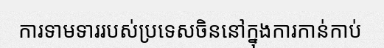
ការទាមទាររបស់ប្រទេសចិននៅក្នុងការកាន់កាប់